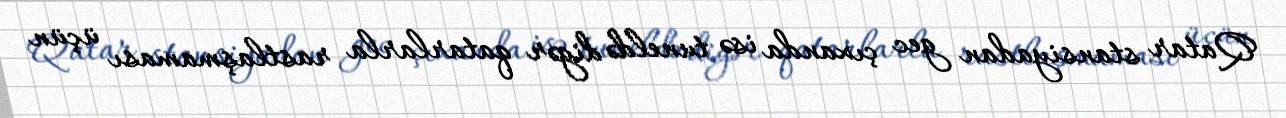
Qatar stansiyadan gec çıxanda isə tuneldə digər qatarlarla rastlaşmaması üçün